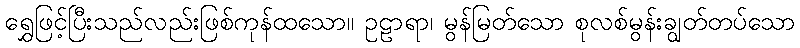
ရွှေဖြင့်ပြီးသည်လည်းဖြစ်ကုန်ထသော။ ဥဠာရာ၊ မွန်မြတ်သော စုလစ်မွန်းချွတ်တပ်သော